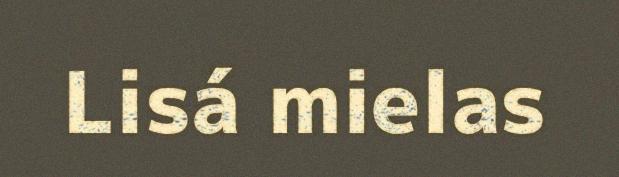
Lisá mielas